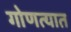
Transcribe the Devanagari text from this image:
गोणत्यात